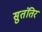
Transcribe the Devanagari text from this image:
सुतंतिर